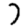
Digit: 7